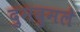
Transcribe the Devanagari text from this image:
दुमदुमले